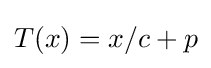
T(x)=x/c+p